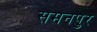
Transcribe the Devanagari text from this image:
समनपुर